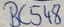
Text: BC548